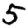
Digit: 5